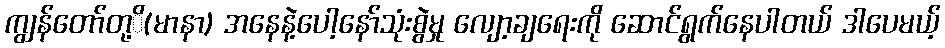
ကျွန်တော်တု့ိ(မာနာ) အနေနဲ့ပေါ့နော်သုံးစွဲမှု လျော့ချရေးကို ဆောင်ရွက်နေပါတယ် ဒါပေမယ့်